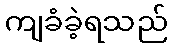
ကျခံခဲ့ရသည်